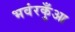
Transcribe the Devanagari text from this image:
भवंरकुँआ